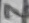
Text: 7